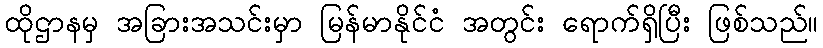
ထိုဌာနမှ အခြားအသင်းမှာ မြန်မာနိုင်ငံ အတွင်း ရောက်ရှိပြီး ဖြစ်သည်။